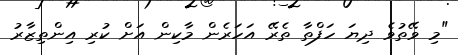
"މި ވޭތުވެ ދިޔަ ހަފްތާ ތެރޭ އަހަރެން މާކިން އަށް ކުރި އިންތިޒާރު